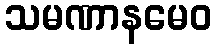
သမဏာနမေဝ